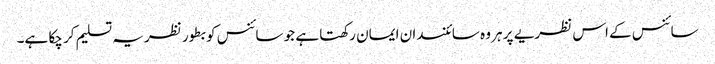
سائنس کے اس نظریے پر ہر وہ سائنسدان ایمان رکھتا ہے جو سائنس کو بطور نظریہ تسلیم کر چکا ہے۔